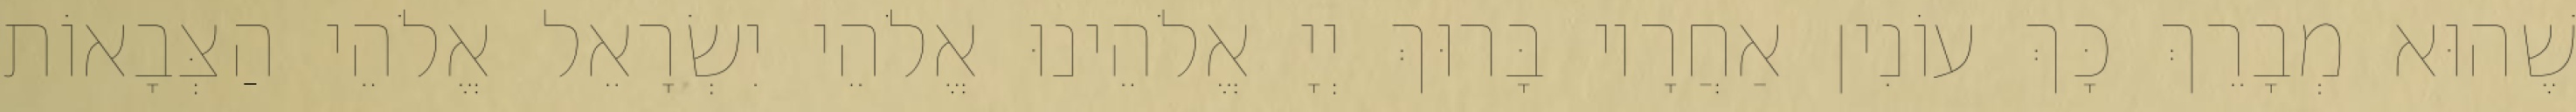
שֶׁהוּא מְבָרֵךְ כָּךְ עוֹנִין אַחֲרָיו בָּרוּךְ יְיָ אֱלֹהֵינוּ אֱלֹהֵי יִשְׂרָאֵל אֱלֹהֵי הַצְּבָאוֹת